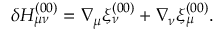
\delta H _ { \mu \nu } ^ { ( 0 0 ) } = \nabla _ { \mu } \xi _ { \nu } ^ { ( 0 0 ) } + \nabla _ { \nu } \xi _ { \mu } ^ { ( 0 0 ) } .